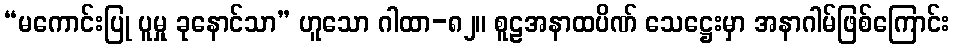
“မကောင်းပြု ပူမှု ခုနောင်သာ” ဟူသော ဂါထာ-၈၂။ စူဠအနာထပိဏ် သေဋ္ဌေးမှာ အနာဂါမ်ဖြစ်ကြောင်း